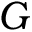
G